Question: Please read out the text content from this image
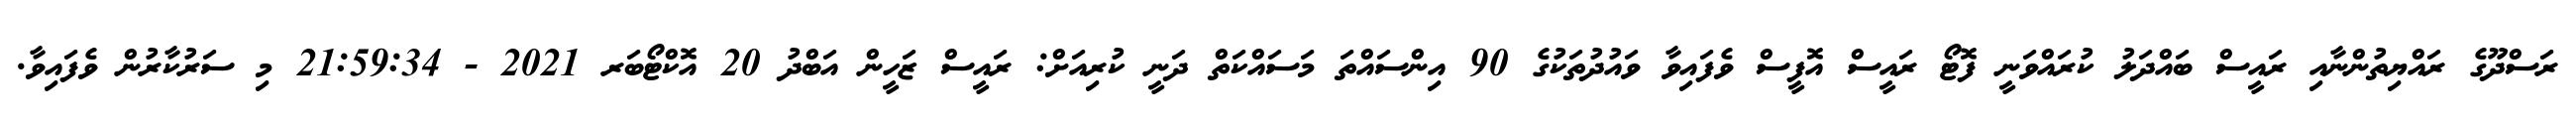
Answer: ރަސްދޫގެ ރައްޔިތުންނާއި ރައީސް ބައްދަލު ކުރައްވަނީ ފޮޓޯ ރައީސް އޮފީސް ވެފައިވާ ވައުދުތަކުގެ 90 އިންސައްތަ މަސައްކަތް ދަނީ ކުރިއަށް: ރައީސް ޒަހީން އަބްދު 20 އޮކްޓޯބަރ 2021 - 21:59:34 މި ސަރުކާރުން ވެފައިވާ.